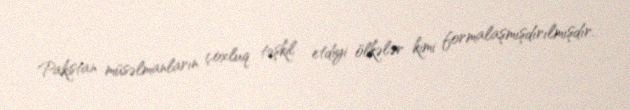
Pakistan müsəlmanların çoxluq təşkil etdiyi ölkələr kimi formalaşmışdırılmışdır.